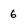
Character: 6